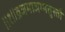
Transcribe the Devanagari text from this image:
॥१॥व्रजमाजग्मतुस्तौ